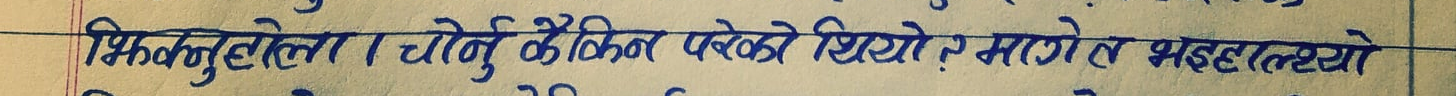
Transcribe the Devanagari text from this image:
भिक्नुहुँदै तला चोर्नु कैकिन परेको थियो र मागे त भद्धात्तयो